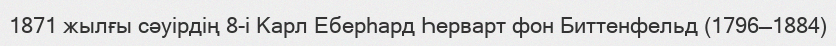
1871 жылғы сәуірдің 8-і Карл Еберһард Һерварт фон Биттенфельд (1796—1884)